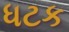
ધટક